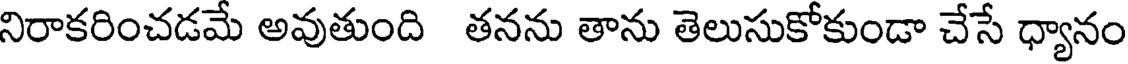
నిరాకరించడమే అవుతుంది తనను తాను తెలుసుకోకుండా చేసే ధ్యానం